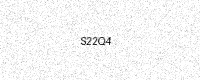
Text: S22Q4